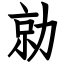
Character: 勍